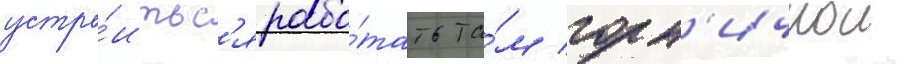
устро́итьс'я рабо́тать та́м горн'ичнои